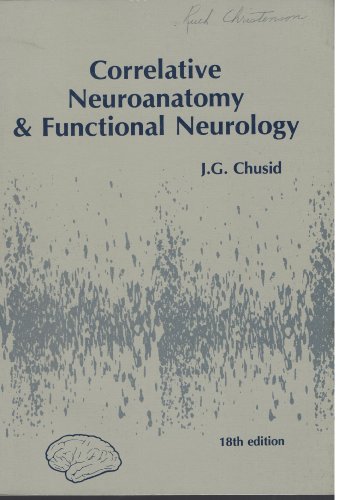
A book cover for Correlative Neuroanatomy & Functional Neurology; JOSEPH G. CHUSID; Medical Books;